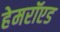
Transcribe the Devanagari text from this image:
हेमरॉएड